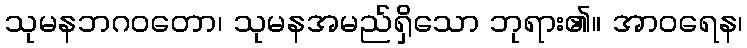
သုမနဘဂဝတော၊ သုမနအမည်ရှိသော ဘုရား၏။ အာဝရေန၊